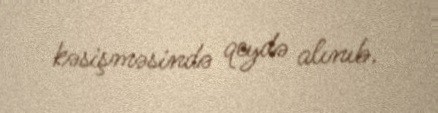
kəsişməsində qeydə alınıb.